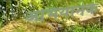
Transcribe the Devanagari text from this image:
अभियानके